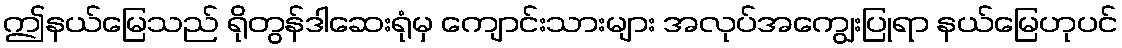
ဤနယ်မြေသည် ရိုတွန်ဒါဆေးရုံမှ ကျောင်းသားများ အလုပ်အကျွေးပြုရာ နယ်မြေဟုပင်